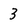
Character: 3